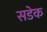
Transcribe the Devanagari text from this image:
सडेक